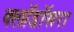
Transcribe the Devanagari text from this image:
क्लॉडॉसरा